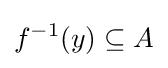
f^{-1}(y)\subseteq A